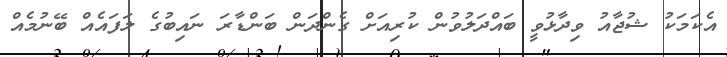
އެކަމަކު ޝުޖާއު ވިދާޅުވީ ބައްދަލުވުން ކުރިއަށް ގެންދަން ބަންޑާރަ ނައިބުގެ ލަފައެއް ބޭނުމެއް